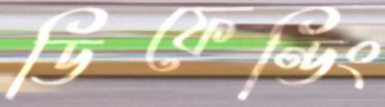
ডিফেন্ডিং